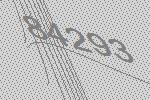
84293